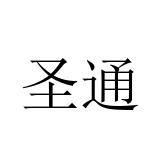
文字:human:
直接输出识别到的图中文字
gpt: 圣通